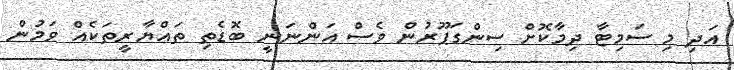
އަދި މި ސަމިޓާ ދިމާކޮށް ސިންގަޕޫރުން ވެސް އަންނަނީ ބޮޑެތި ތައްޔާރީތަކެއް ވަމުން